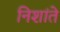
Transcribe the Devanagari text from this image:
निशांते